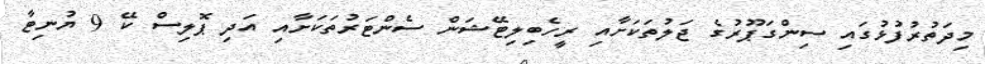
މިދަތުރުފުޅުގައި ސިންގަޕޫރުގެ ޖަލުތަކަށާއި ރީހެބިލިޓޭޝަން ސެންޓަރުތަކަށާއި އަދި ޕޮލިސް ކޭ 9 ޔުނިޓާ